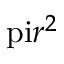
\mathrm { \ p i } r ^ { 2 }